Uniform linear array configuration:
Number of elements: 32
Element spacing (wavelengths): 0.75
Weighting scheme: cosine
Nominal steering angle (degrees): -45
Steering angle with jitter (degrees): -43.795
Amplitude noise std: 0.05
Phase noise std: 0.05

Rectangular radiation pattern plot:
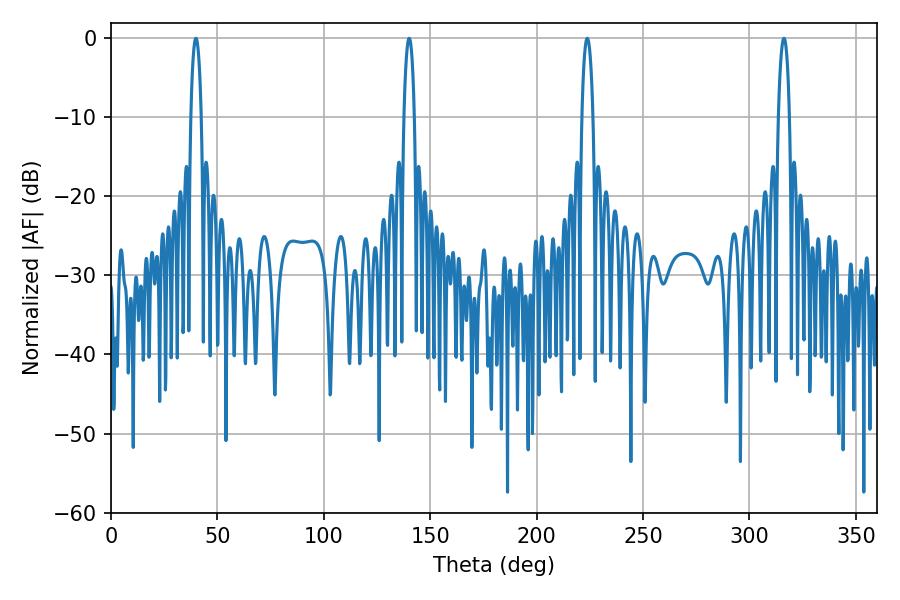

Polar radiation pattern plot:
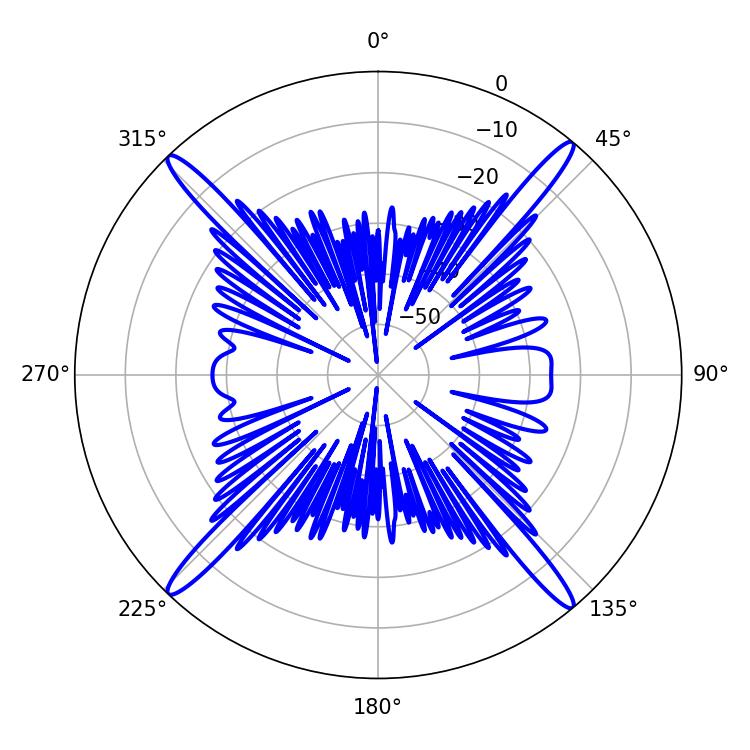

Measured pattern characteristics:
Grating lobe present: TRUE
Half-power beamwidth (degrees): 2.88
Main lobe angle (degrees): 223.74